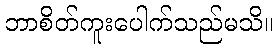
ဘာစိတ်ကူးပေါက်သည်မသိ။